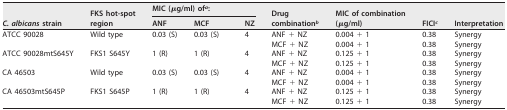
<table><thead><tr><td rowspan="2"><b>C. albicans strain</b></td><td rowspan="2"><b>FKS hot-spot region</b></td><td colspan="3"><b>MIC (μg/ml) of<sup><i>a</i></sup>:</b></td><td rowspan="2"><b>Drug combination<sup><i>b</i></sup></b></td><td rowspan="2"><b>MIC of combination (μg/ml)</b></td><td rowspan="2"><b>FICI<sup><i>c</i></sup></b></td><td rowspan="2"><b>Interpretation</b></td></tr><tr><td><b>ANF</b></td><td><b>MCF</b></td><td><b>NZ</b></td></tr></thead><tbody><tr><td rowspan="2">ATCC 90028</td><td rowspan="2">Wild type</td><td rowspan="2">0.03 (S)</td><td rowspan="2">0.03 (S)</td><td rowspan="2">4</td><td>ANF + NZ</td><td>0.004 + 1</td><td>0.38</td><td>Synergy</td></tr><tr><td>MCF + NZ</td><td>0.004 + 1</td><td>0.38</td><td>Synergy</td></tr><tr><td rowspan="2">ATCC 90028mtS645Y</td><td rowspan="2">FKS1 S645Y</td><td rowspan="2">1 (R)</td><td rowspan="2">1 (R)</td><td rowspan="2">4</td><td>ANF + NZ</td><td>0.125 + 1</td><td>0.38</td><td>Synergy</td></tr><tr><td>MCF + NZ</td><td>0.125 + 1</td><td>0.38</td><td>Synergy</td></tr><tr><td rowspan="2">CA 46503</td><td rowspan="2">Wild type</td><td rowspan="2">0.03 (S)</td><td rowspan="2">0.03 (S)</td><td rowspan="2">4</td><td>ANF + NZ</td><td>0.004 + 1</td><td>0.38</td><td>Synergy</td></tr><tr><td>MCF + NZ</td><td>0.004 + 1</td><td>0.38</td><td>Synergy</td></tr><tr><td rowspan="2">CA 46503mtS645P</td><td rowspan="2">FKS1 S645P</td><td rowspan="2">1 (R)</td><td rowspan="2">1 (R)</td><td rowspan="2">4</td><td>ANF + NZ</td><td>0.125 + 1</td><td>0.38</td><td>Synergy</td></tr><tr><td>MCF + NZ</td><td>0.125 + 1</td><td>0.38</td><td>Synergy</td></tr></tbody></table>